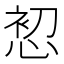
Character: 𭝘